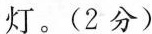
灯。(2分)